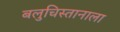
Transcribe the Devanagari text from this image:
बलुचिस्तानाला